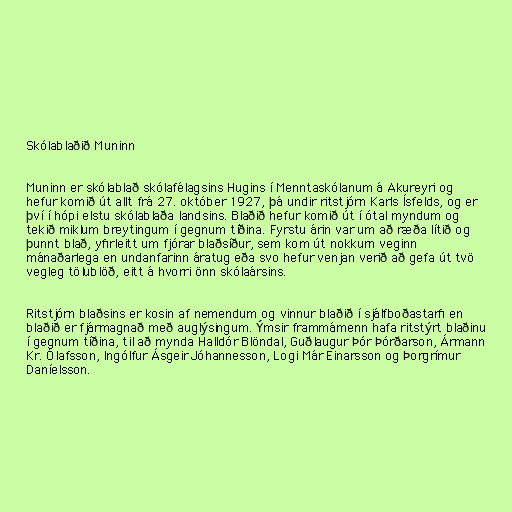
Skólablaðið Muninn

Muninn er skólablað skólafélagsins Hugins í Menntaskólanum á Akureyri og
hefur komið út allt frá 27. október 1927, þá undir ritstjórn Karls Ísfelds, og er
því í hópi elstu skólablaða landsins. Blaðið hefur komið út í ótal myndum og
tekið miklum breytingum í gegnum tíðina. Fyrstu árin var um að ræða lítið og
þunnt blað, yfirleitt um fjórar blaðsíður, sem kom út nokkurn veginn
mánaðarlega en undanfarinn áratug eða svo hefur venjan verið að gefa út tvö
vegleg tölublöð, eitt á hvorri önn skólaársins.

Ritstjórn blaðsins er kosin af nemendum og vinnur blaðið í sjálfboðastarfi en
blaðið er fjármagnað með auglýsingum. Ýmsir frammámenn hafa ritstýrt blaðinu
í gegnum tíðina, til að mynda Halldór Blöndal, Guðlaugur Þór Þórðarson, Ármann
Kr. Ólafsson, Ingólfur Ásgeir Jóhannesson, Logi Már Einarsson og Þorgrímur
Daníelsson.